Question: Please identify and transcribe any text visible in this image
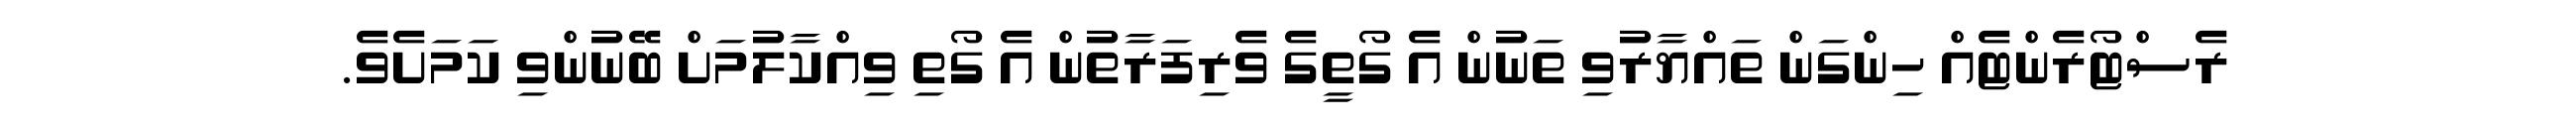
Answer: ރެސްޓޯރެންޓެއް ހިންގަން ތައްޔާރުވި ތަނުން އެ ގޯތީގެ ވެރިފަރާތުން އެ ގޯތި ވިއްކާލުމަށް ބޭނުންވި ކަމަށެވެ.